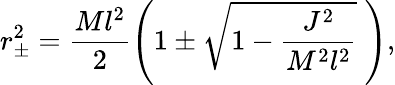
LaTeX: r_{\pm}^{2}=\frac{Ml^{2}}{2}\left(1\pm\sqrt{1-\frac{J^{2}}{M^{2}l^{2}}}\; \right),